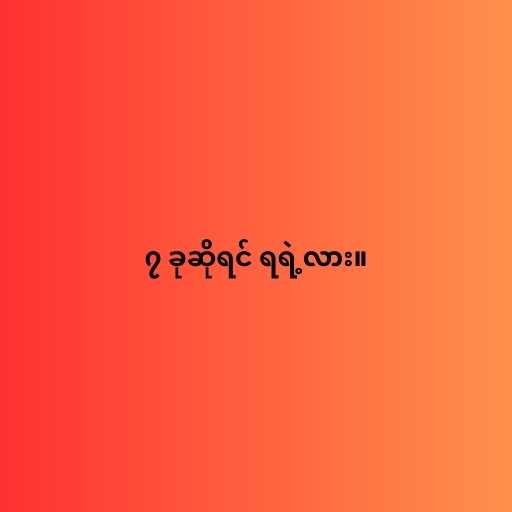
၇ ခုဆိုရင် ရရဲ့လား။